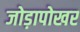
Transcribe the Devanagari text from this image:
जोड़ापोखर